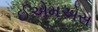
ઈએમએસ